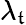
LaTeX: \lambda_{\mathfrak{t}}